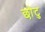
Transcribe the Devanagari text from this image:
छोटु